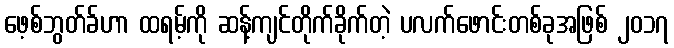
ဖေ့စ်ဘွတ်ခ်ဟာ ထရမ့်ကို ဆန့်ကျင်တိုက်ခိုက်တဲ့ ပလက်ဖောင်းတစ်ခုအဖြစ် ၂၀၁၇